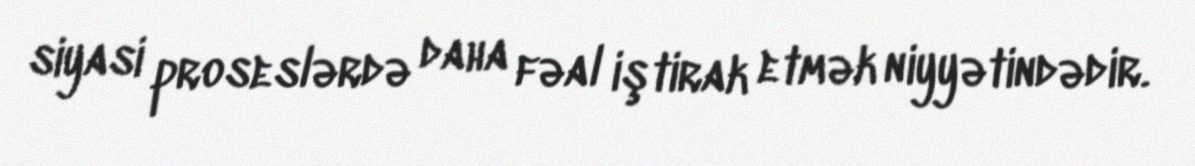
siyasi proseslərdə daha fəal iştirak etmək niyyətindədir.